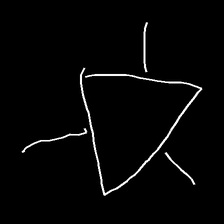
Glyph: fire